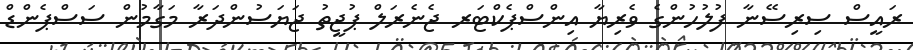
ރައީސް ސިރިސޭނާ ފުލުހުންގެ ވެރިޔާ އިންސްޕެކްޓަރ ޖެނެރަލް ޕުޖީތު ޖަޔަސުންދަރާ މަގާމުން ސަސްޕެންޑް